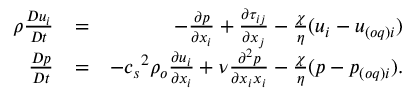
\begin{array} { r l r } { \rho \frac { D u _ { i } } { D t } } & { = } & { - \frac { \partial p } { \partial x _ { i } } + \frac { \partial \tau _ { i j } } { \partial x _ { j } } - \frac { \chi } { \eta } ( { u } _ { i } - u _ { ( o q ) i } ) } \\ { \frac { D p } { D t } } & { = } & { - { c _ { s } } ^ { 2 } \rho _ { o } \frac { \partial u _ { i } } { \partial x _ { i } } + \nu \frac { \partial ^ { 2 } p } { \partial x _ { i } x _ { i } } - \frac { \chi } { \eta } ( { p - p _ { ( o q ) i } } ) . } \end{array}